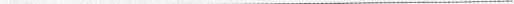
___